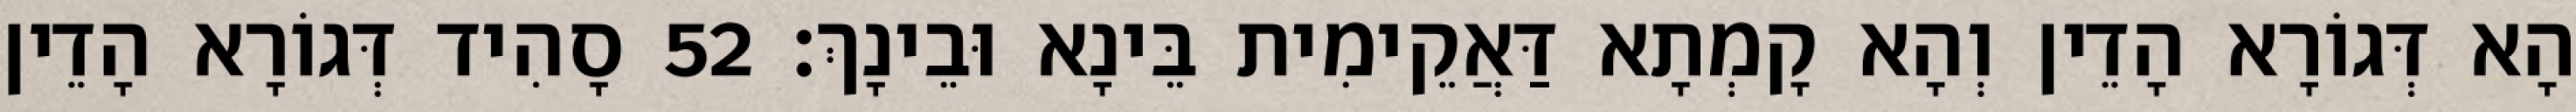
הָא דְּגוֹרָא הָדֵין וְהָא קָמְתָא דַּאֲקֵימִית בֵּינָא וּבֵינָךְ׃ 52 סָהִיד דְּגוֹרָא הָדֵין